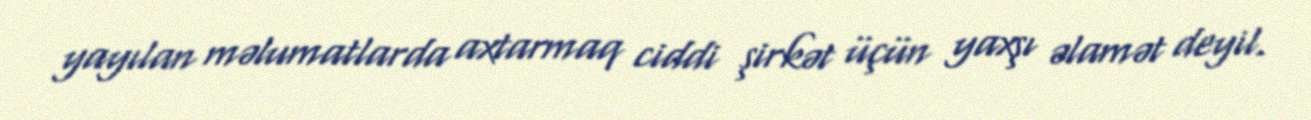
yayılan məlumatlarda axtarmaq ciddi şirkət üçün yaxşı əlamət deyil.